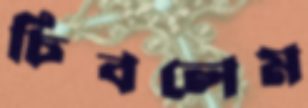
চিবলেম